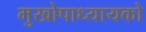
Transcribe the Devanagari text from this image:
मुखोपाध्यायको